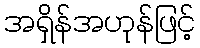
အရှိန်အဟုန်ဖြင့်